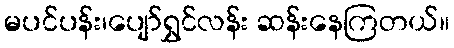
မပင်ပန်း၊ပျော်ရွှင်လန်း ဆန်းနေကြတယ်။